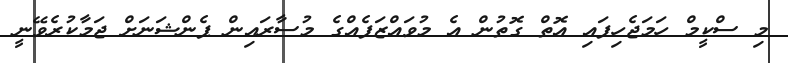
މި ސްކީމް ހަމަޖެހިފައި އޮތް ގޮތުން އެ މުވައްޒަފެއްގެ މުސާރައިން ޕެންޝަނަށް ޖަމާކުރެވޭނީ